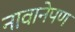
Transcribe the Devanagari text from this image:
नावानेपण